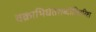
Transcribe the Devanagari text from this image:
वक्राभिधेतशब्दोक्तिरिष्टा